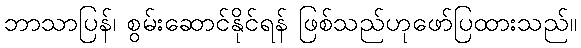
ဘာသာပြန်၊ စွမ်းဆောင်နိုင်ရန် ဖြစ်သည်ဟုဖော်ပြထားသည်။